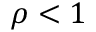
\rho < 1